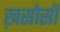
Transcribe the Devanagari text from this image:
ख़सोसी